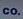
co.